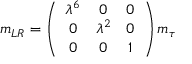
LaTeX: m _ { L R } = \left( \begin{array} { c c c } { { \lambda ^ { 6 } } } & { { 0 } } & { { 0 } } \\ { { 0 } } & { { \lambda ^ { 2 } } } & { { 0 } } \\ { { 0 } } & { { 0 } } & { { 1 } } \end{array} \right) m _ { \tau }